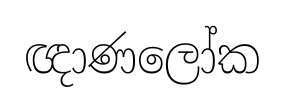
ඥාණලෝක